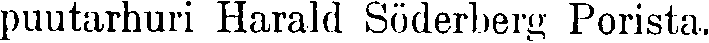
puutarhuri Harald Söderberg Porista.